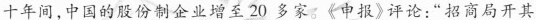
十年间，中国的股份制企业增至20多家。《中报》评论：”招商局开其